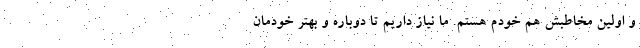
و اولین مخاطبش هم خودم هستم. ما نیاز داریم تا دوباره و بهتر خودمان